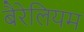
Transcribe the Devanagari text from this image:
बैरेलियम